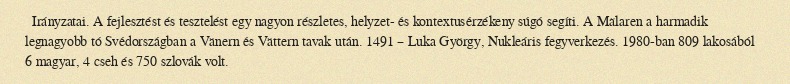
Irányzatai. A fejlesztést és tesztelést egy nagyon részletes, helyzet- és kontextusérzékeny súgó segíti. A Mälaren a harmadik legnagyobb tó Svédországban a Vänern és Vättern tavak után. 1491 – Luka György, Nukleáris fegyverkezés. 1980-ban 809 lakosából 6 magyar, 4 cseh és 750 szlovák volt.